Report on lock hospitals in British Burma
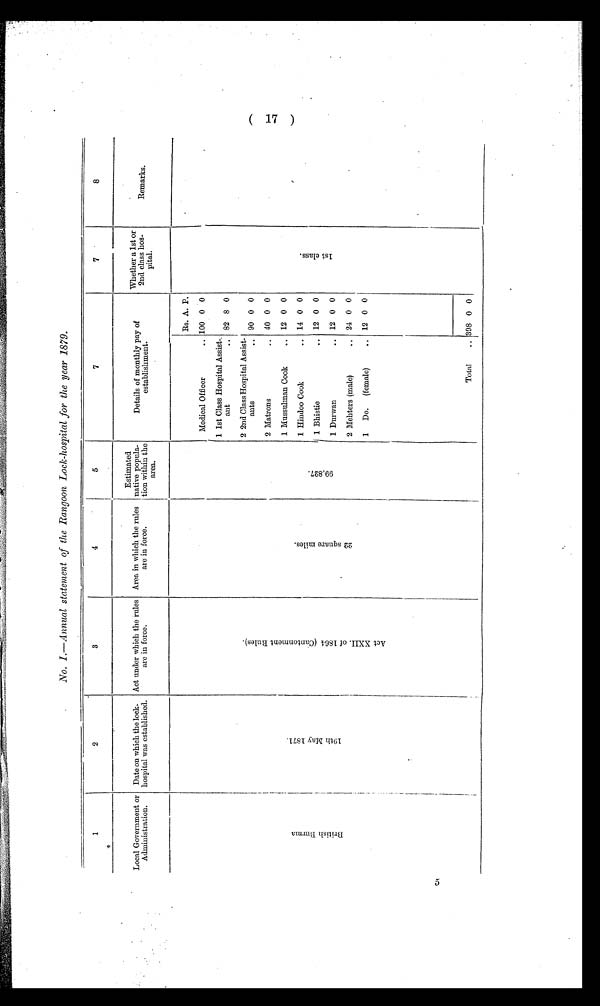
1
2
3
4
5
7
7
8
Local Government or
Administration.
Date on which the lock-
hospital was established.
Act under which the rules
are in force.
Area in which the rules
are in force.
Estimated
native popula-
tion within the
area.
Details of monthly pay of
establishment.
Whether a 1st or
2nd class hos-
pital.
Remarks.
B r i t i s h B u r m a
1 9 t h M a y 1 8 7 1 .
A c t X X I I o f 1 8 6 4 ( C a n t o n m e n t R u l e s ) .
2 2 S q u a r e m i l e s .
9 9 , 8 2 7 .
Medical Officer
..
Rs. A. P.
1 s t c l a s s .
,
100 0 0
1 1st Class Hospital Assist-
ant
.. 82 8 0
2 2nd Class Hospital Assist-
ants
.. 90 0 0
2 Matrons
.. 40 0 0
1 Mussulman Cook
. . 12 0 0
1 Hindoo Cook
.. 14 0 0
1 Bhistie
.. 12 0 0
1 Durwan
.. 12 0 0
2 Mehters (male)
.. 24 0 0
1
Do.
(female)
.. 12 0 0
Total
.. 398 0 0
51
No. I.—Annual statement of the Rangoon Lock-hospital for the year 1879.